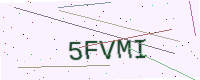
Text: 5FVMI